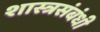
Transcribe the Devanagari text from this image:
शास्त्रसंबंधी